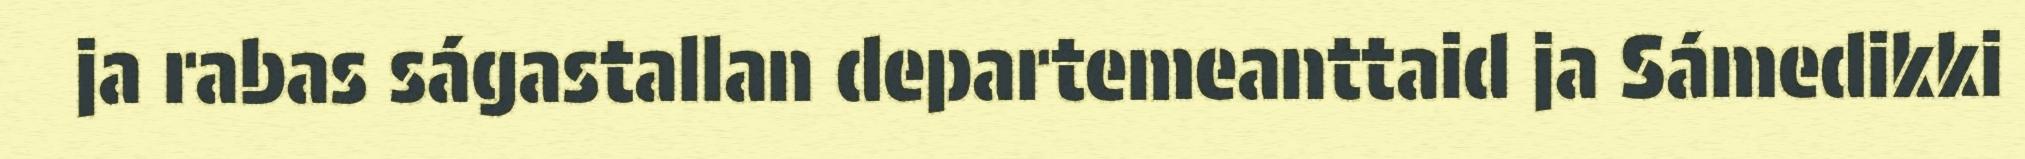
ja rabas ságastallan departemeanttaid ja Sámedikki